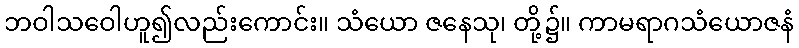
ဘဝါသဝေါဟူ၍လည်းကောင်း။ သံယော ဇနေသု၊ တို့၌။ ကာမရာဂသံယောဇနံ